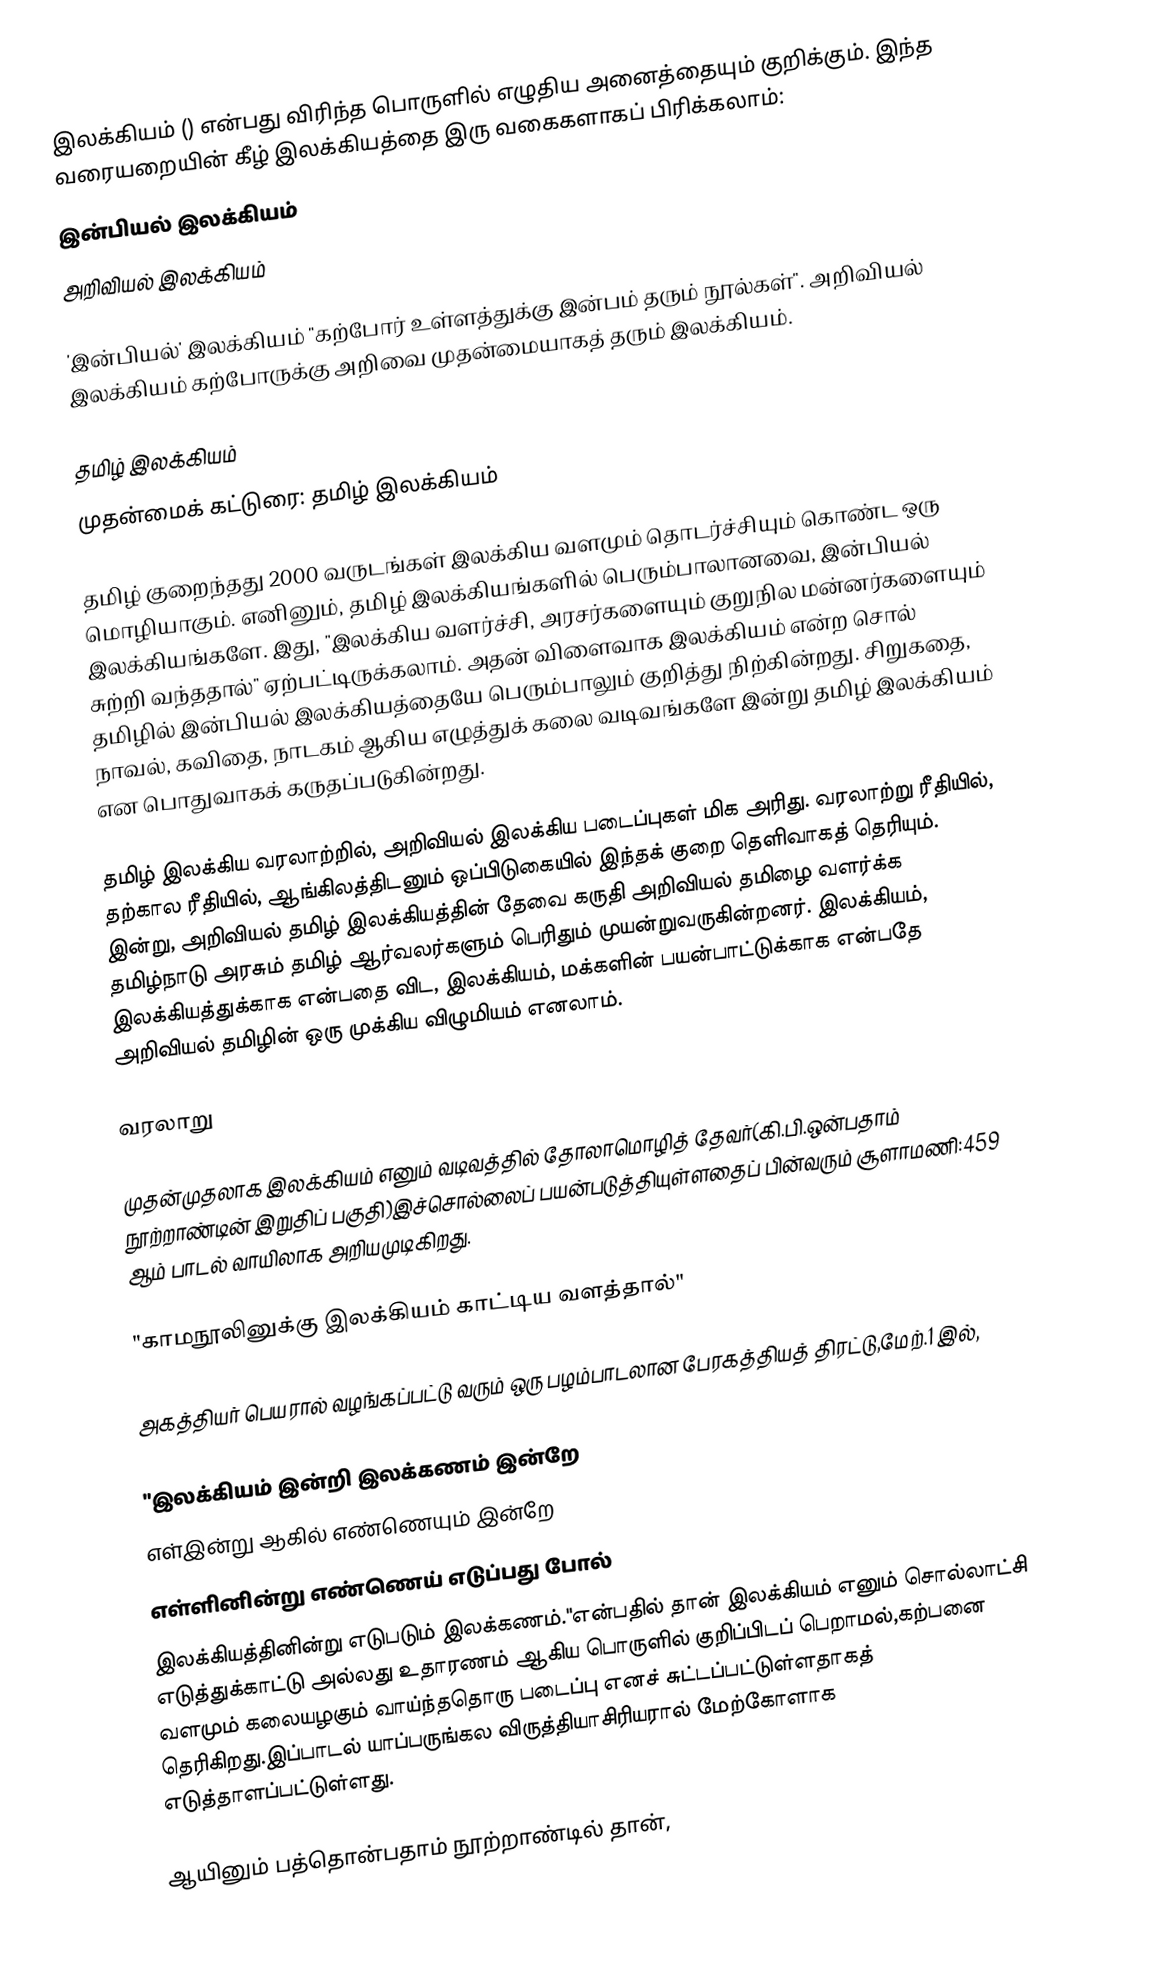
இலக்கியம் () என்பது விரிந்த பொருளில் எழுதிய அனைத்தையும் குறிக்கும். இந்த வரையறையின் கீழ் இலக்கியத்தை இரு வகைகளாகப் பிரிக்கலாம்:
 இன்பியல் இலக்கியம்
 அறிவியல் இலக்கியம்

'இன்பியல்' இலக்கியம் "கற்போர் உள்ளத்துக்கு இன்பம் தரும் நூல்கள்". அறிவியல் இலக்கியம் கற்போருக்கு அறிவை முதன்மையாகத் தரும் இலக்கியம்.

தமிழ் இலக்கியம்
முதன்மைக் கட்டுரை: தமிழ் இலக்கியம்

தமிழ் குறைந்தது 2000 வருடங்கள் இலக்கிய வளமும் தொடர்ச்சியும் கொண்ட ஒரு மொழியாகும். எனினும், தமிழ் இலக்கியங்களில் பெரும்பாலானவை, இன்பியல் இலக்கியங்களே. இது, "இலக்கிய வளர்ச்சி, அரசர்களையும் குறுநில மன்னர்களையும் சுற்றி வந்ததால்" ஏற்பட்டிருக்கலாம். அதன் விளைவாக இலக்கியம் என்ற சொல் தமிழில் இன்பியல் இலக்கியத்தையே பெரும்பாலும் குறித்து நிற்கின்றது. சிறுகதை, நாவல், கவிதை, நாடகம் ஆகிய எழுத்துக் கலை வடிவங்களே இன்று தமிழ் இலக்கியம் என பொதுவாகக் கருதப்படுகின்றது.

தமிழ் இலக்கிய வரலாற்றில், அறிவியல் இலக்கிய படைப்புகள் மிக அரிது. வரலாற்று ரீதியில், தற்கால ரீதியில், ஆங்கிலத்திடனும் ஒப்பிடுகையில் இந்தக் குறை தெளிவாகத் தெரியும். இன்று, அறிவியல் தமிழ் இலக்கியத்தின் தேவை கருதி அறிவியல் தமிழை வளர்க்க தமிழ்நாடு அரசும் தமிழ் ஆர்வலர்களும் பெரிதும் முயன்றுவருகின்றனர். இலக்கியம், இலக்கியத்துக்காக என்பதை விட, இலக்கியம், மக்களின் பயன்பாட்டுக்காக என்பதே அறிவியல் தமிழின் ஒரு முக்கிய விழுமியம் எனலாம்.

வரலாறு

முதன்முதலாக இலக்கியம் எனும் வடிவத்தில் தோலாமொழித் தேவர்(கி.பி.ஒன்பதாம் நூற்றாண்டின் இறுதிப் பகுதி)இச்சொல்லைப் பயன்படுத்தியுள்ளதைப் பின்வரும் சூளாமணி:459 ஆம் பாடல் வாயிலாக அறியமுடிகிறது.

"காமநூலினுக்கு இலக்கியம் காட்டிய வளத்தால்"

அகத்தியர் பெயரால் வழங்கப்பட்டு வரும் ஒரு பழம்பாடலான பேரகத்தியத் திரட்டு,மேற்.1 இல்,

"இலக்கியம் இன்றி இலக்கணம் இன்றே
எள்இன்று ஆகில் எண்ணெயும் இன்றே
எள்ளினின்று எண்ணெய் எடுப்பது போல்
இலக்கியத்தினின்று எடுபடும் இலக்கணம்."என்பதில் தான் இலக்கியம் எனும் சொல்லாட்சி எடுத்துக்காட்டு அல்லது உதாரணம் ஆகிய பொருளில் குறிப்பிடப் பெறாமல்,கற்பனை வளமும் கலையழகும் வாய்ந்ததொரு படைப்பு எனச் சுட்டப்பட்டுள்ளதாகத் தெரிகிறது.இப்பாடல் யாப்பருங்கல விருத்தியாசிரியரால் மேற்கோளாக எடுத்தாளப்பட்டுள்ளது.

ஆயினும் பத்தொன்பதாம் நூற்றாண்டில் தான்,